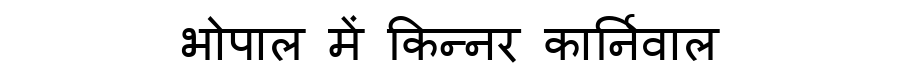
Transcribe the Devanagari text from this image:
भोपाल में किन्नर कार्निवाल